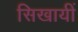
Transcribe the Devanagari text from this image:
सिखायीं